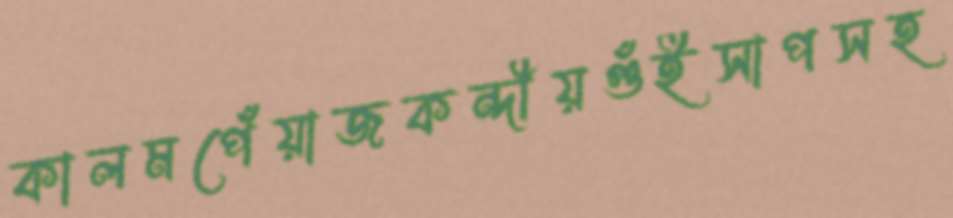
কালমপেঁয়াজকন্দীয়গুঁইসাপসহ